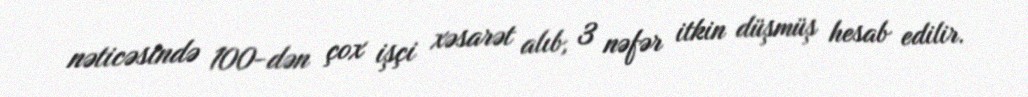
nəticəsində 100-dən çox işçi xəsarət alıb, 3 nəfər itkin düşmüş hesab edilir.